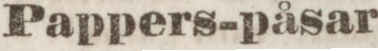
Pappers-påsar